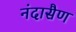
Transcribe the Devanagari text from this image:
नंदासैण